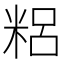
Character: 𥺓